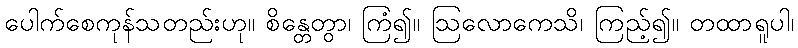
ပေါက်စေကုန်သတည်းဟု။ စိန္တေတွာ၊ ကြံ၍။ ဩလောကေသိ၊ ကြည့်၍။ တထာရူပါ၊